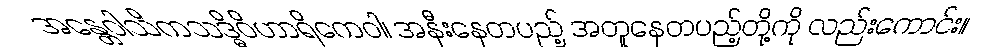
အန္တေဝါသိကသဒ္ဓိဝိဟာရိကေဝါ၊ အနီးနေတပည့် အတူနေတပည့်တို့ကို လည်းကောင်း။